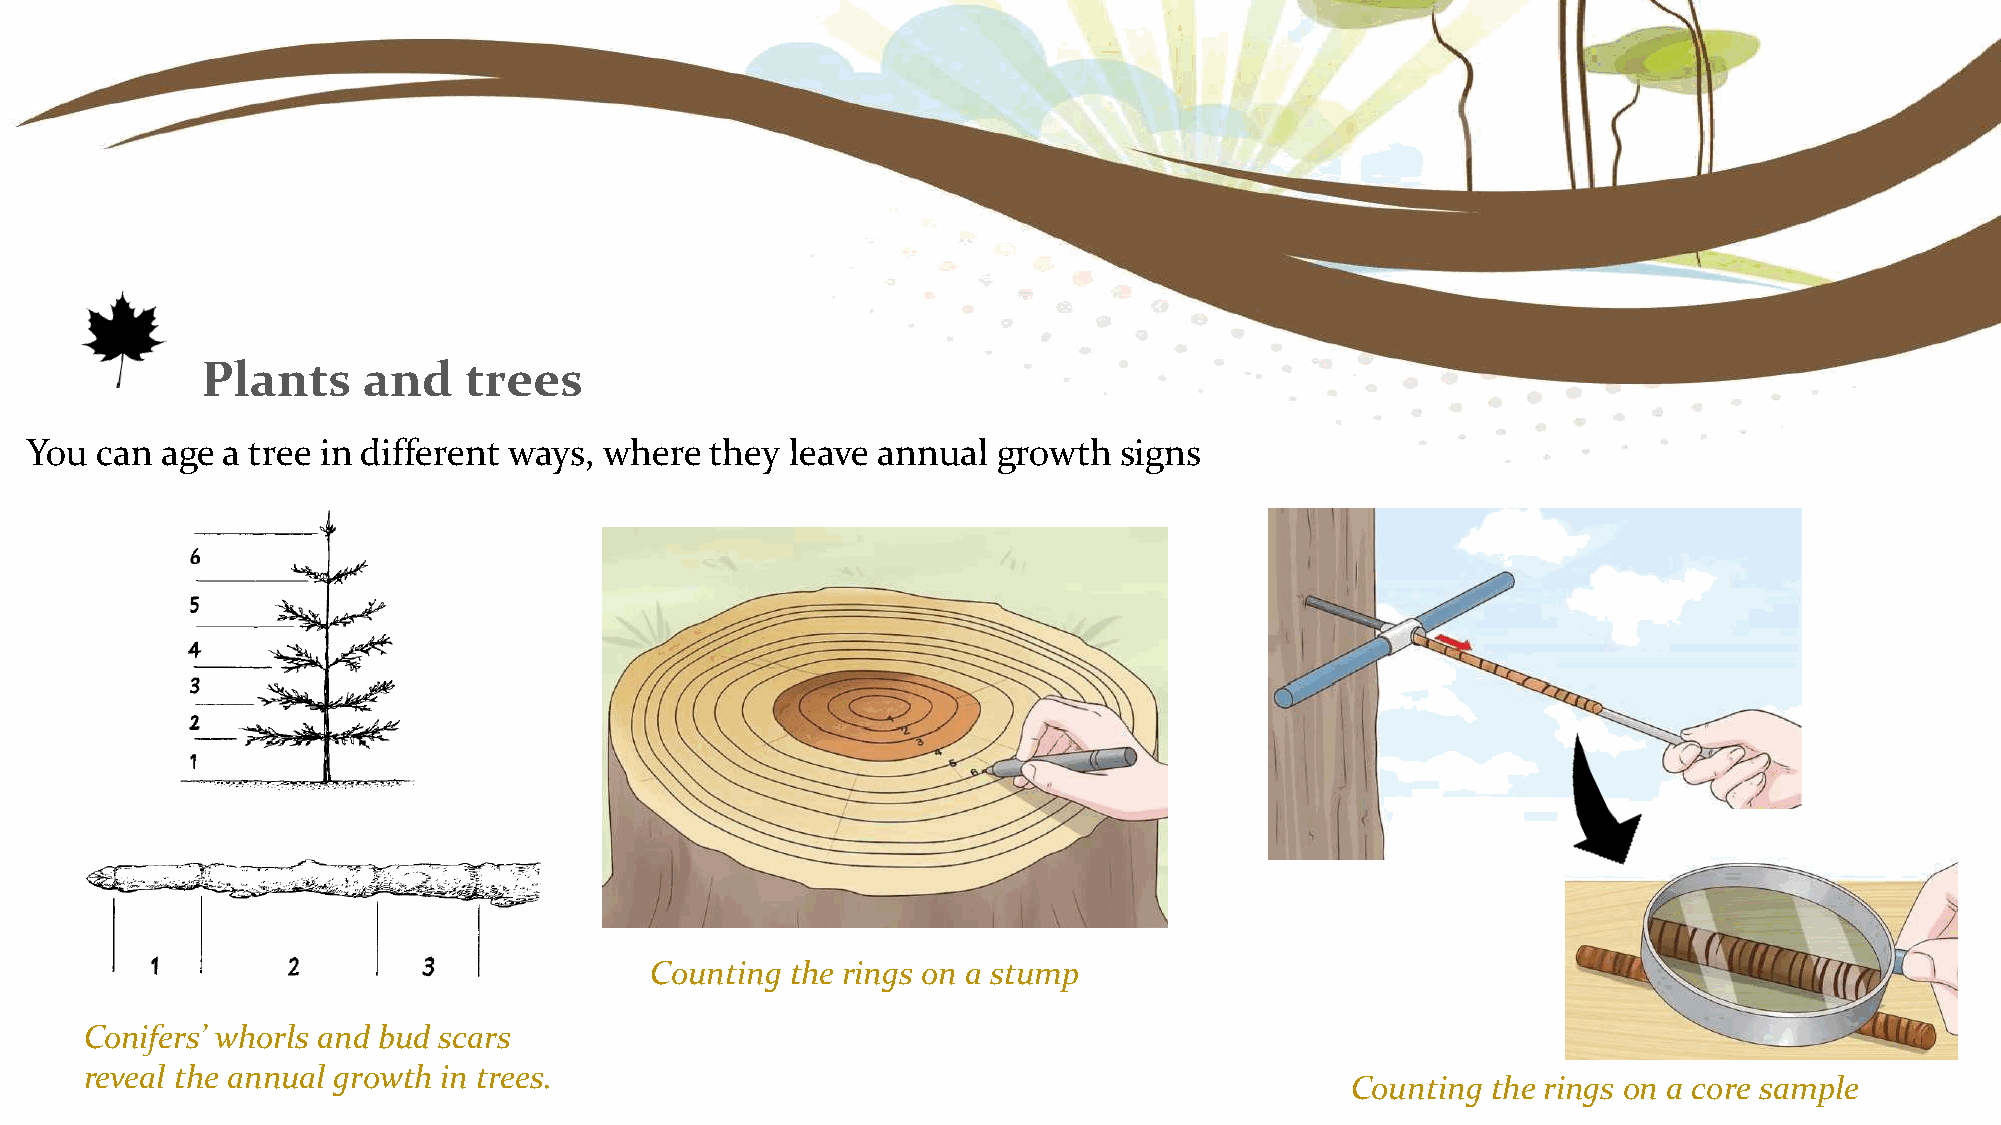
Plants     and    trees
 You can  age a tree in different ways, where they leave annual  growth  signs
 Counting the rings on a stump
 Conifers’ whorls and bud scars
 reveal the annual growth in trees.
 Counting  the rings on a core sample